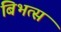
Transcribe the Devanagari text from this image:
बिभत्स